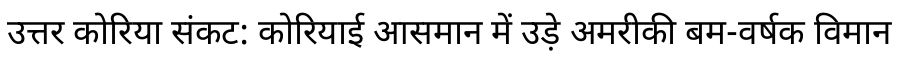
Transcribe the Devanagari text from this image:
उत्तर कोरिया संकट: कोरियाई आसमान में उड़े अमरीकी बम-वर्षक विमान